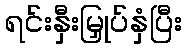
ရင်းနှီးမြှုပ်နှံပြီး